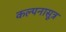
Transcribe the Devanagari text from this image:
कल्पनासूत्र